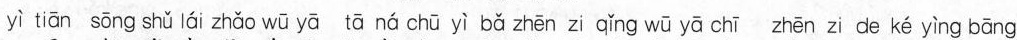
yì tiān sōng shǔ lái zhǎo wū yā tā ná chū yì bǎ zhēn zi qǐng wū yā chī zhēn zi de ké yìng bāng